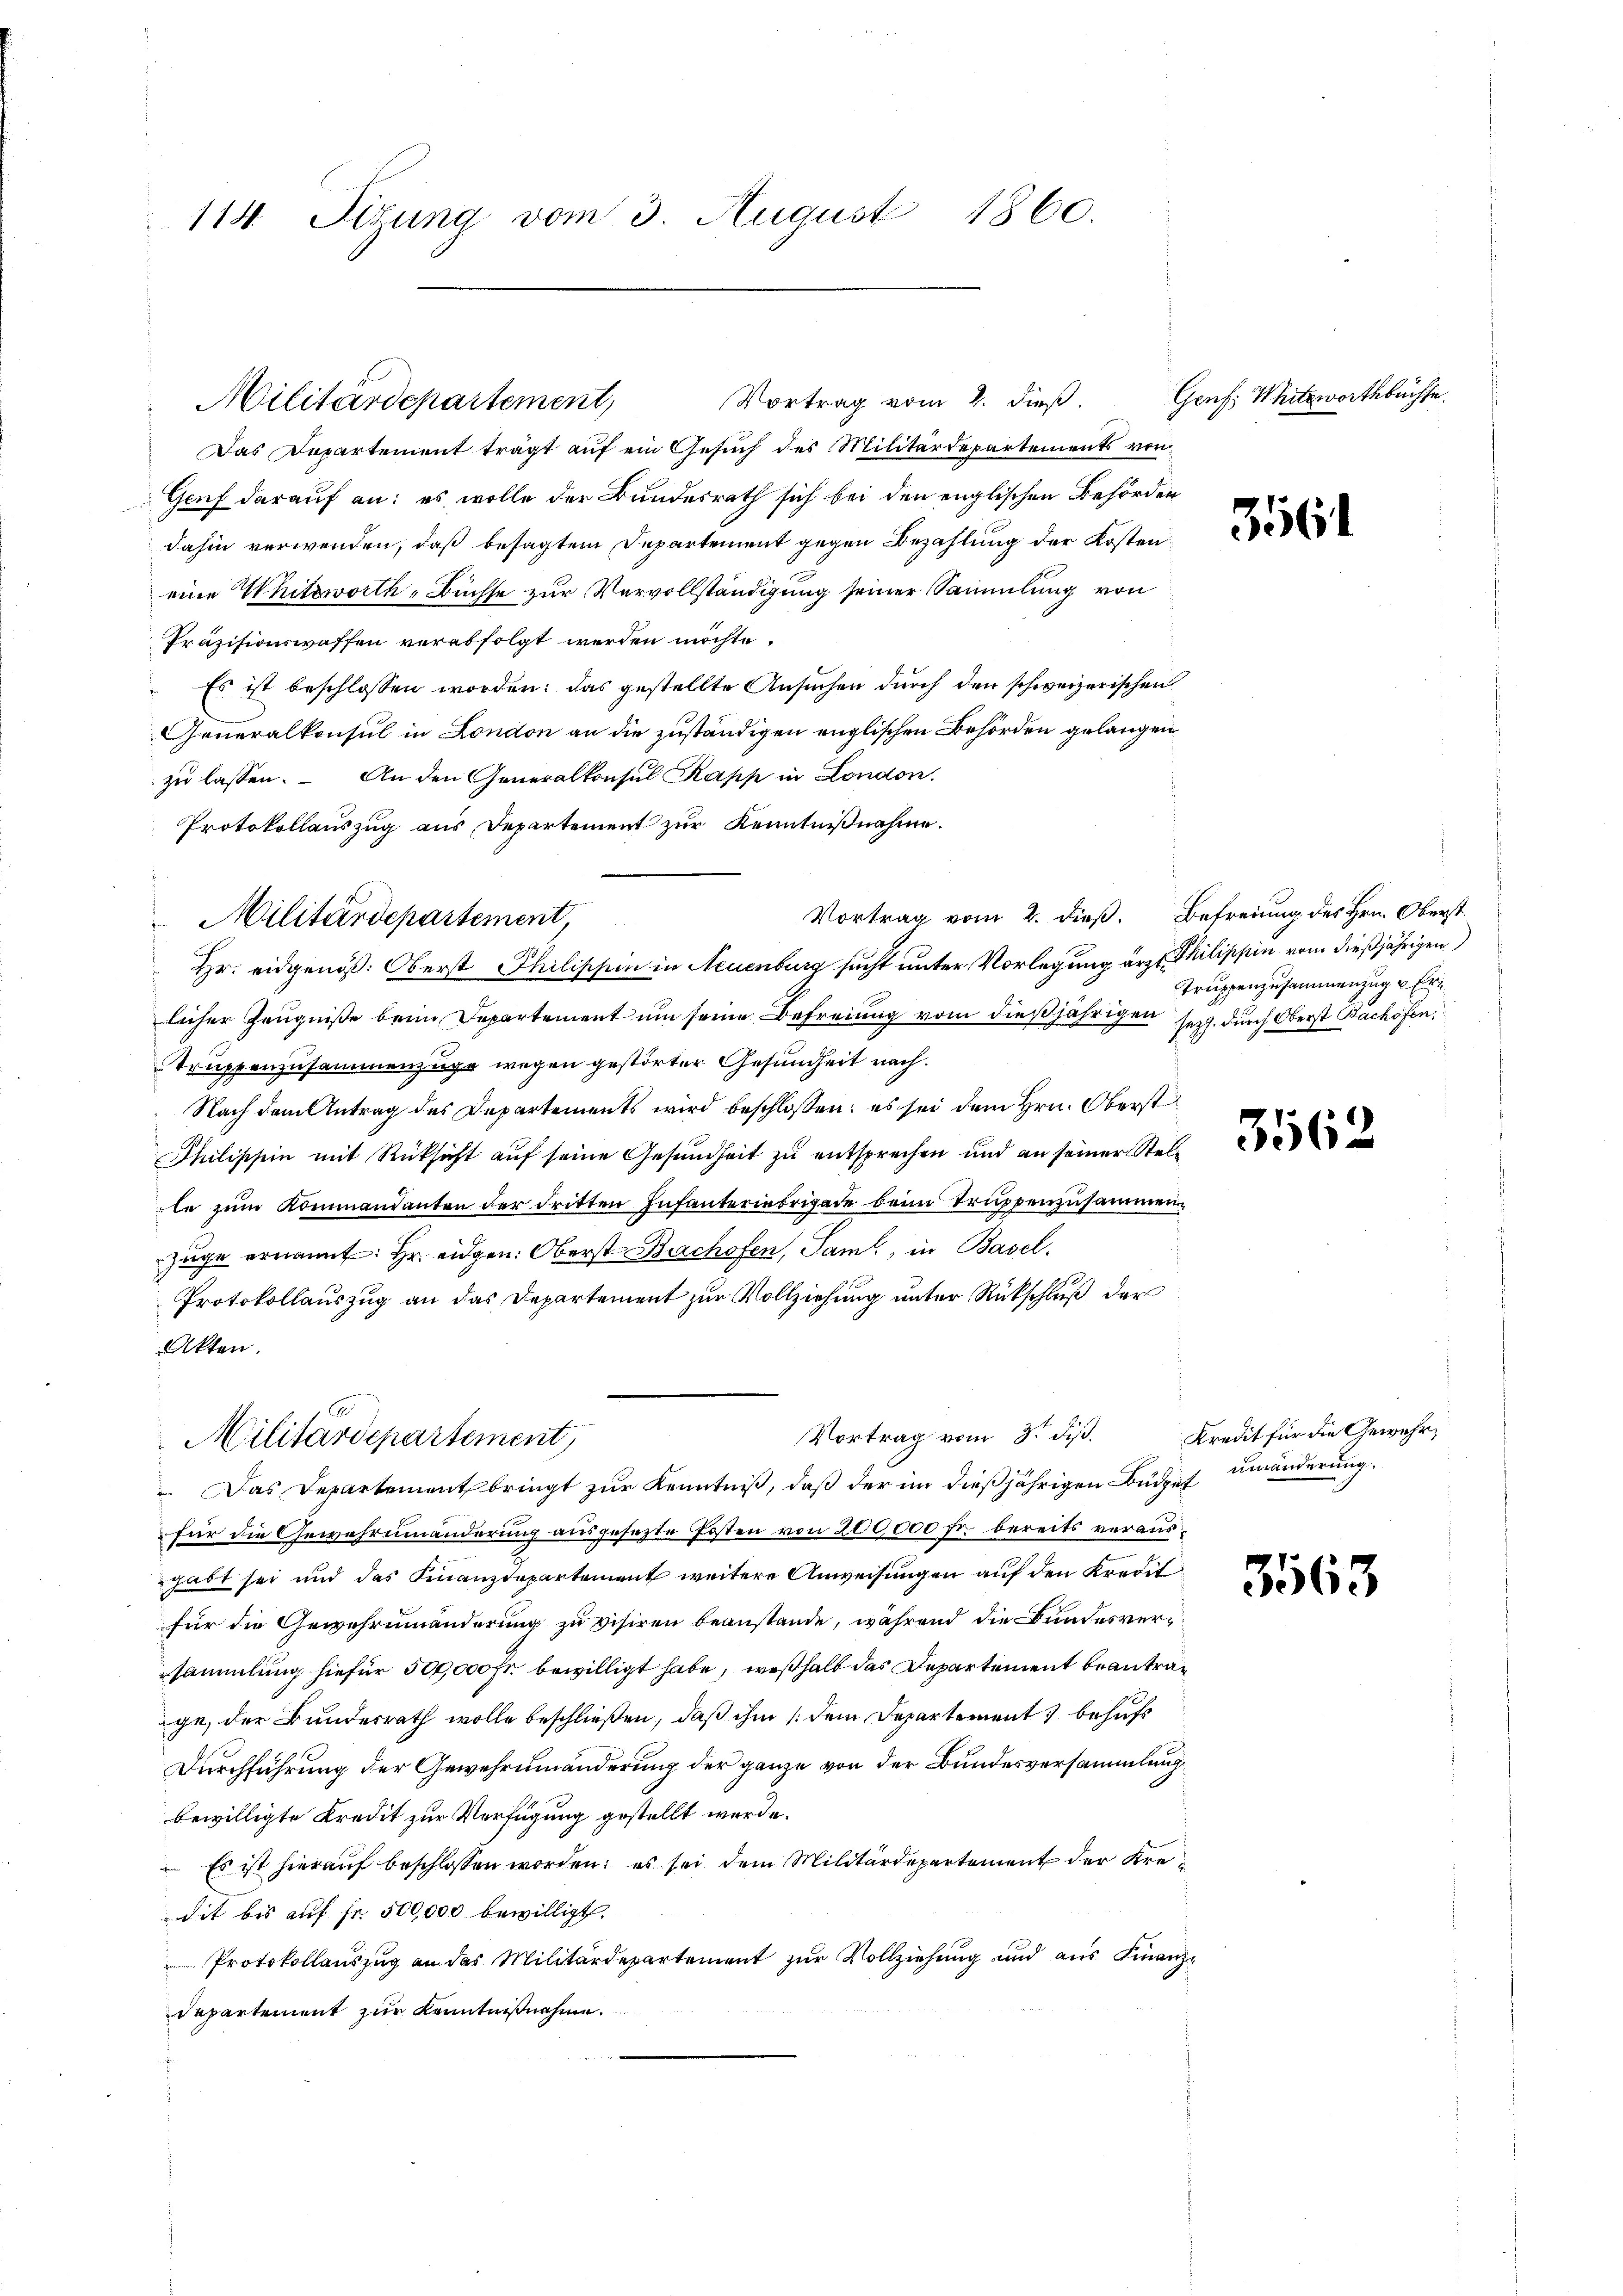
114 Sizung vom 3. August 1860.

Vortrag vom 2. dieß.
Militärdepartement,

Militärdepartement,

Das Departement trägt auf ein Gesŭch des Militärdepartements von
Gruf darauf an: es wolle der Bundesrath sich bei den englischen Behörden
dahin verwenden, daß besagtem Departement gegen Bezahlung der Kosten
eine Whitzworth-Büchse zur Vervollständigung seiner Sammlung von
Präzisionswaffen verabfolgt werden möchte.
Es ist beschlossen worden: das gestellte Ansuchen durch den schweizerischen
GGeneralkonsul in London an die zuständigen englischen Behörden gelangen
zu lassen. An den Generalkonsul Kapp in London.
Protokollauszug aus Departement zur Kenntnißnahme.
Vortrag vom 2. dieß. Befreiung des Hrn. Oberst
 Hr. eidgenöß. Oberst Philischin in Neuenburg sucht unter Vorlegung ärztl. Philippin vom dießjährigen
licher Zeugniße beim Departement um seine Befreiung vom dießjährigen sey. durch Oberst Backöfen,
Truppenzusammenzüge wegen gestörter Gesundheit nach.
Nach dem Antrag des Departements wird beschlossen: es sei dem Hrn. Oberst
Philischein mit Rücksicht auf seine Gesundheit zu entsprechen und an seiner Stelle zum Kommandanten der dritten Infanteriebrigade beim Truppenzusammen¬
Züge ernannt: Hr. eidgen: Oberst Bachofen, Sam., in Basel.
Protokollauszug an das Departement zur Vollziehung unter Rückschluß der
Akten.
Vortrag vom 8. d. Kredit für die Gewehr¬
Militärdepartement,
 Das Departement bringt zur Kenntniß, daß der im dießjährigen Büdget
für die Gewahrninanderung ausgesezte Posten von 200,000 fr. bereits verausgabt sei und das Finanzdepartement weitere Anweisungen auf den Kredit
für die Gewehrinänderung zu visiren beanstande, während die Bundesversammlung hiefür 500,000 Fr. bewilligt habe, weßhalb das Departement beantragt, der Bundesrath wolle beschließen, daß ihm / dem Departement behufs
Durchführung der Gewehrumänderung der ganze von der Bundesversammlung
bewilligte Kredit zur Verfügung gestellt werde.
 Es ist hierauf beschlossen worden: es sei dem Militärdepartement der Kre¬
Sit bis auf fr. 500,000 bewilligt.
Protokollauszug an das Militärdepartement zur Vollziehung und aus Finanzdepartement zur Kenntnißnahme.

Genf, Weitswortsbüchse.

356

Truppenzusammenzug & Er¬

3562

umänderung.

3563